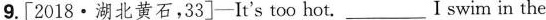
9.[2018·湖北黄石,33]-It's too hot. -___I swim in the